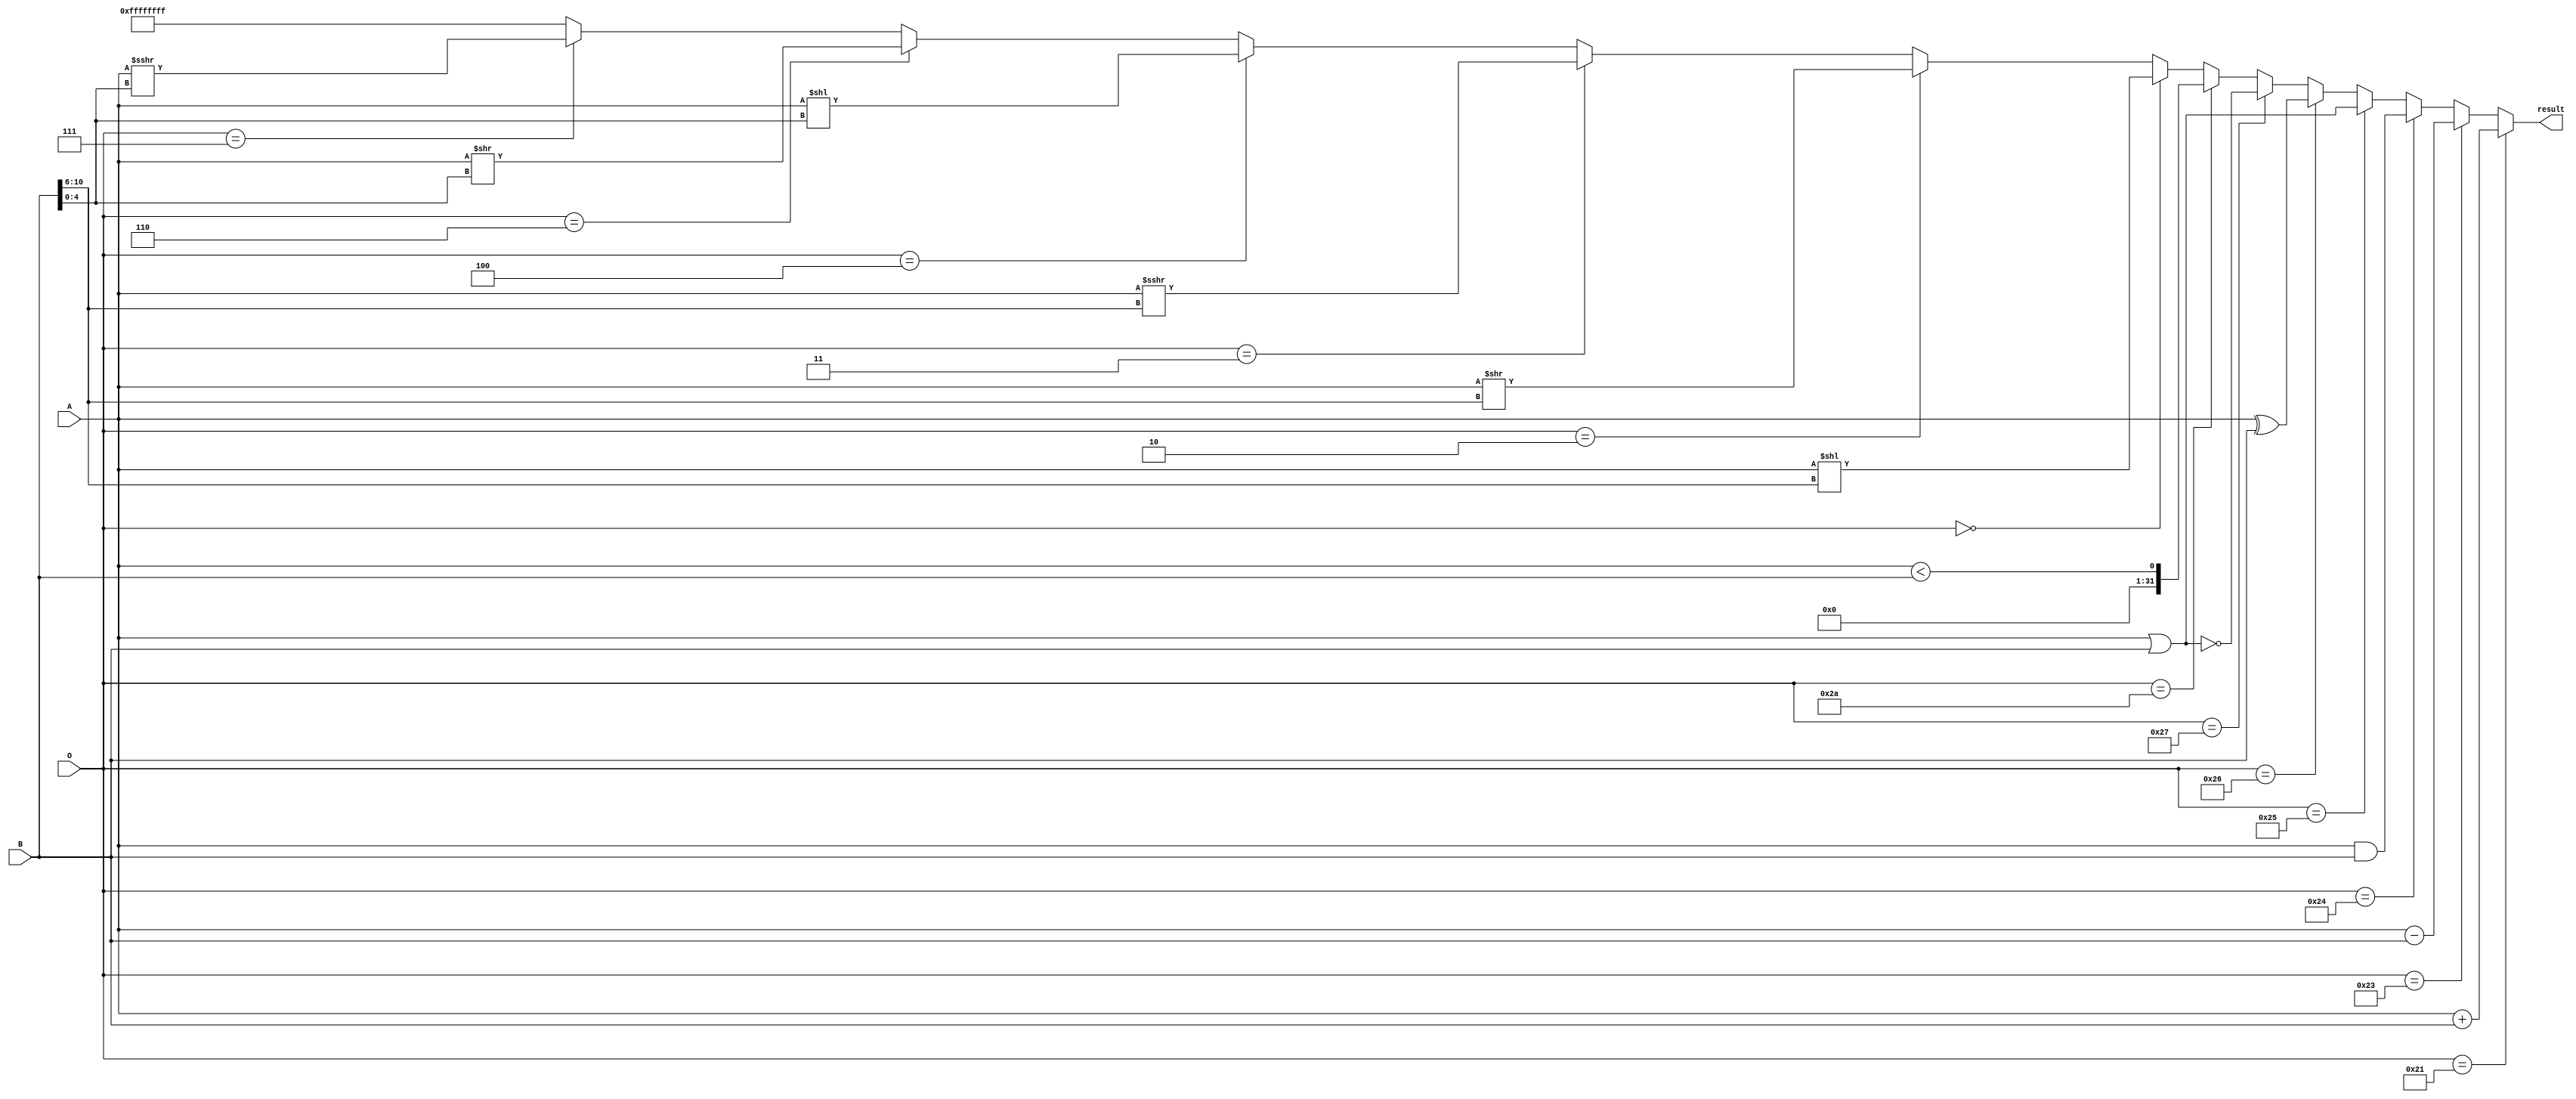
`timescale 1ns / 1ps
//////////////////////////////////////////////////////////////////////////////////
// Company: 
// Engineer: 
// 
// Design Name: 
// Module Name:    ALU 
// Project Name: 
// Target Devices: 
// Tool versions: 
// Description: 
//
// Dependencies: 
//
// Revision: 
// Revision 0.01 - File Created
// Additional Comments: 
//
//////////////////////////////////////////////////////////////////////////////////
module ALU
	#(parameter N = 31)
	(
    input  [N:0] A,
    input  [N:0] B,
    input [5:0] O,
    output  [N:0] result
    );
	 
localparam 
			  ADDU= 6'b100001,   
			  SUBU = 6'b100011,	
			  AND = 6'b100100,	
			  OR = 6'b100101,	
			  XOR = 6'b100110,	
			  NOR = 6'b100111,		
			  SLT = 6'b101010,		
			  SLL = 6'b000000,
			  SRA = 6'b000011,
			  SRL = 6'b000010,
			  SLLV = 6'b000100,
			  SRAV = 6'b000111,
			  SRLV = 6'b000110;
	
	assign result = (O==ADDU) ? A+B : 	//ADD
						 (O==SUBU) ? A-B :	//SUB
						 (O==AND) ? A&B :	//AND
						 (O==OR) ? A|B : 	//OR
						 (O==XOR) ? A^B :	//XOR
						 (O==NOR) ? ~(A|B) : 	//NOR
						 (O==SLT) ? A<B :	//SLT
						 (O==SLL) ? A<<B[10:6] :	//SLL
						 (O==SRL) ? A>>B[10:6] :	//SRL
						 (O==SRA) ? {$signed(A)>>>B[10:6]} :	//SRA
						 (O==SLLV) ? A<<B[4:0] :		//SLLV
						 (O==SRLV) ? A>>B[4:0] :		//SRLV
						 (O==SRAV) ? A>>>B[4:0] :	//SRAV
						 32'b11111111111111111111111111111111 ;
						 
	//assign zero = (result==0) ? 1'b1 : 1'b0;
						 
						 						 

						 
						 
						 
						 
endmodule